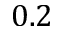
0 . 2